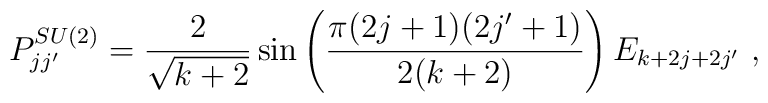
P_{j j'}^{SU(2)} = \frac{2}{\sqrt{k+2}}    \sin \left( \frac{\pi (2 j + 1)(2 j' + 1)}{2(k+2)}\right)   E_{k+2j+2j'}~,